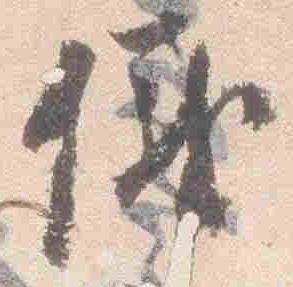
儀